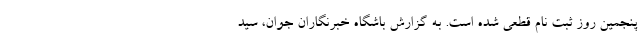
پنجمین روز ثبت نام قطعی شده است. به گزارش باشگاه خبرنگاران جوان، سید